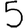
Digit: 5